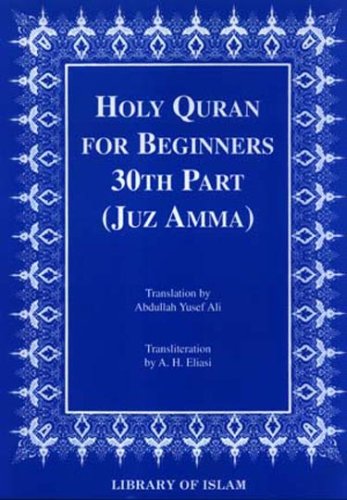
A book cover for Holy Quran for Beginners 30th Part (Juz Amma) (Arabic Edition); A. H. Eliasi; Children's Books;